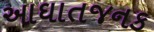
આઘાતજનક